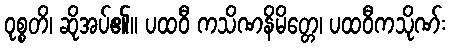
ဝုစ္စတိ၊ ဆိုအပ်၏။ ပထဝီ ကသိဏနိမိတ္တေ၊ ပထဝီကသိုဏ်း